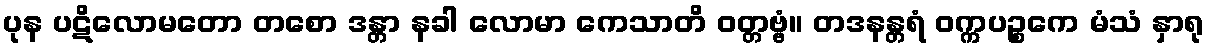
ပုန ပဋိလောမတော တစော ဒန္တာ နခါ လောမာ ကေသာတိ ဝတ္တဗ္ဗံ။ တဒနန္တရံ ဝက္ကပဉ္စကေ မံသံ နှာရု